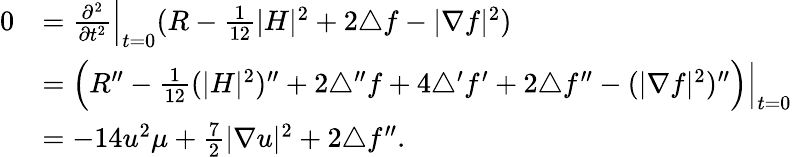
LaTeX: \begin{array}{rl}{0}&{=\frac{\partial^{2}}{\partial t^{2}}\Big|_{t=0}(R-\frac{1}{12}|H|^{2}+2\triangle f-|\nabla f|^{2})}\\ &{=\Big(R^{\prime\prime}-\frac{1}{12}(|H|^{2})^{\prime\prime}+2\triangle^{\prime\prime}f+4\triangle^{\prime}f^{\prime}+2\triangle f^{\prime\prime}-(|\nabla f|^{2})^{\prime\prime}\Big)\Big|_{t=0}}\\ &{=-14u^{2}\mu+\frac{7}{2}|\nabla u|^{2}+2\triangle f^{\prime\prime}.}\end{array}